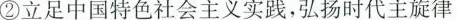
②立足中国特色社会主义实践，弘扬时代主旋律